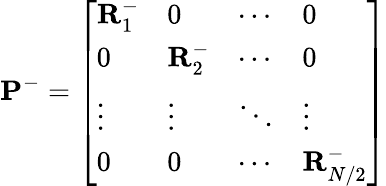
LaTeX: \mathbf{P}^{-}=\left[\begin{array}{llll}{\mathbf{R}_{1}^{-}}&{0}&{\cdots}&{0}\\ {0}&{\mathbf{R}_{2}^{-}}&{\cdots}&{0}\\ {\vdots}&{\vdots}&{\ddots}&{\vdots}\\ {0}&{0}&{\cdots}&{\mathbf{R}_{N/2}^{-}}\end{array}\right]